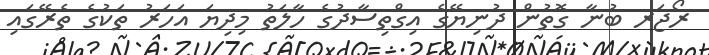
ރޯޖަރ ބުނާ ގޮތުން ދުނިޔޭގެ އިގްތިސާދުގެ ހާލަތު މިދިޔަ އަހަރު ތަކުގެ ތެރޭގައި